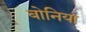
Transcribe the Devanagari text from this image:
बोनिया